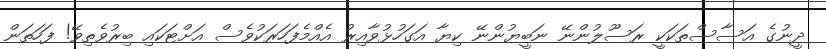
ދީނުގެ އަސާސްތަކަކީ ރަސޫލުންނޭ ނަބީޔުންނޭ ކިޔާ އަގަހުޅުވާއިރު އެއްމެފަހަރަކުވެސް އަށްޓަކައި ބިރުވެތިވޭ! ފަހަތަން